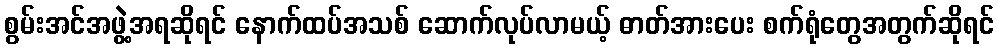
စွမ်းအင်အဖွဲ့အရဆိုရင် နောက်ထပ်အသစ် ဆောက်လုပ်လာမယ့် ဓာတ်အားပေး စက်ရုံတွေအတွက်ဆိုရင်